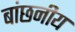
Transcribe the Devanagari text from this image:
बांछनीय